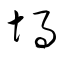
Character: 堝